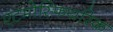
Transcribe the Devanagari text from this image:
एटमोस्फियरिक